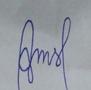
Signature authenticity: forged